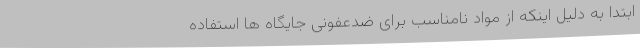
ابتدا به دلیل اینکه از مواد نامناسب برای ضدعفونی جایگاه ها استفاده